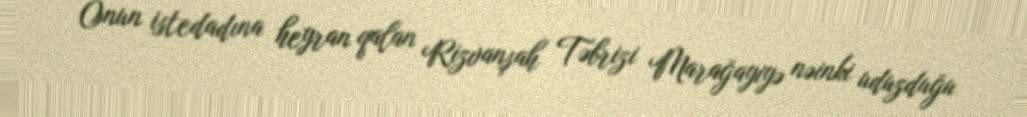
Onun istedadına heyran qalan Rizvanşah Təbrizi Marağayiyə nəinki uduzduğu